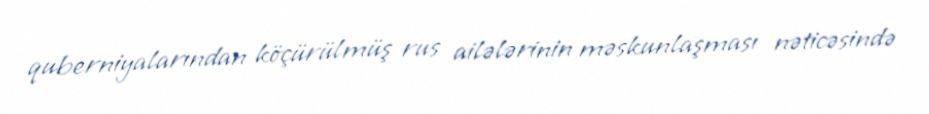
quberniyalarından köçürülmüş rus ailələrinin məskunlaşması nəticəsində